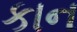
કાન